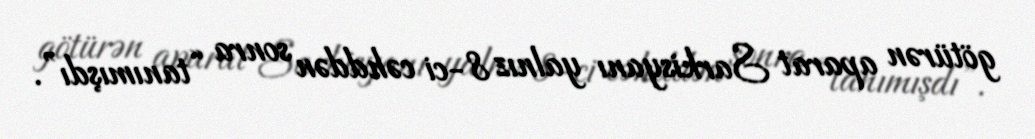
götürən aparat Sarkisyanı yalnız 8-ci cəhddən sonra “tanımışdı”.